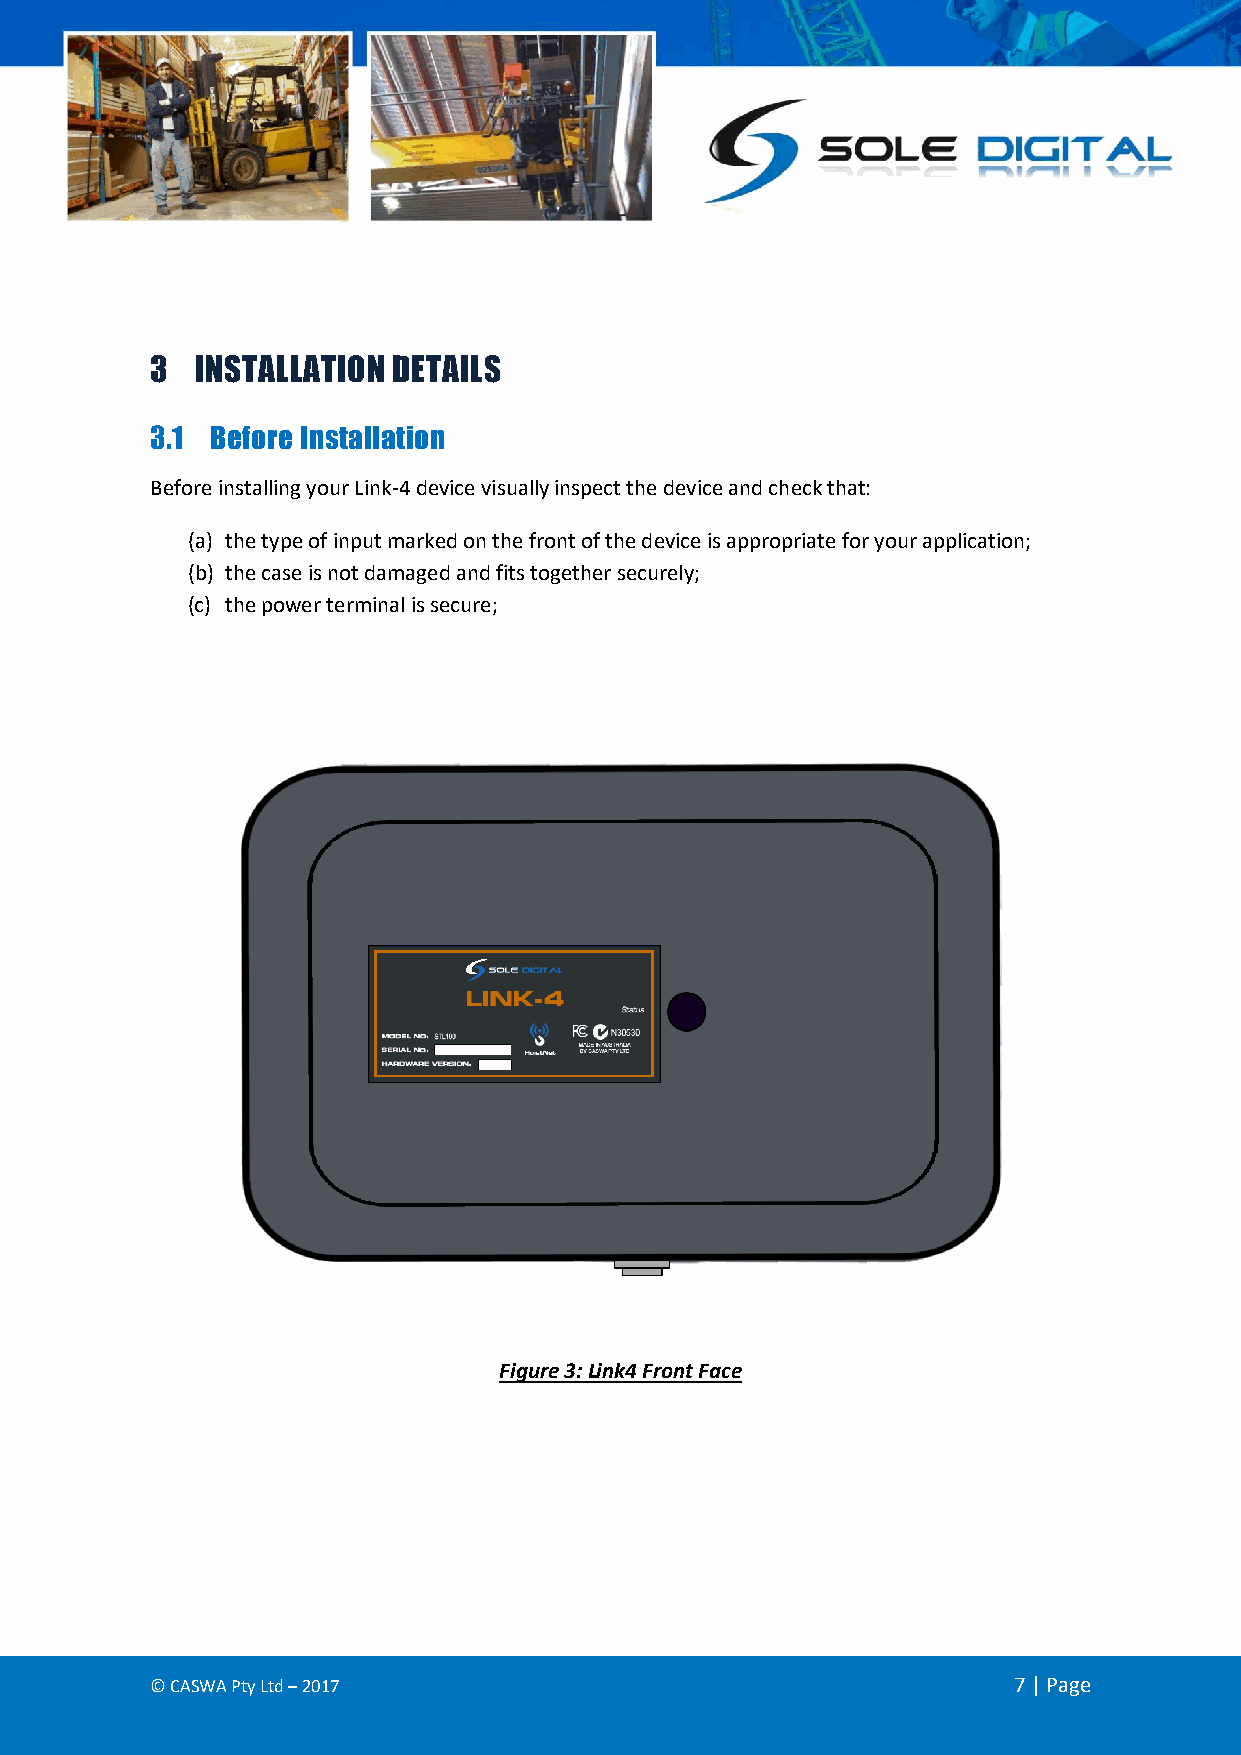
3  INSTALLATION DETAILS
 3.1 Before Installation
 Before installing your Link-4 device visually inspect the device and check that:
 (a) the type of input marked on the front of the device is appropriate for your application;
 (b) the case is not damaged and fits together securely;
 (c) the power terminal is secure;
 Figure 3: Link4 Front Face
 © CASWA Pty Ltd – 2017                                   7 | Page